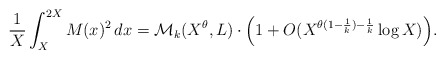
\begin{align*} \frac1X \int_{X}^{2X}M(x)^2 \, dx=\mathcal M_k(X^{\theta}, L) \cdot \Big(1+O(X^{\theta(1-\frac1k)-\frac1k} \log X)\Big) .\end{align*}